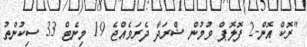
"ރޮކް އޮން-2 ފޮލޮޕް ވުމުން ޝްރަދާ ދެރަވެއްޖެ 19 މިނެޓް 33 ސިކުންތު